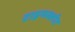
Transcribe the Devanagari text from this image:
टाइमस्लॉट